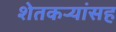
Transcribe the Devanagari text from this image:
शेतकर्‍यांसह